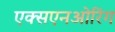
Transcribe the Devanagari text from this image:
एक्सएनओरिंग